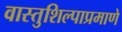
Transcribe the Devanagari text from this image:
वास्तुशिल्पाप्रमाणे